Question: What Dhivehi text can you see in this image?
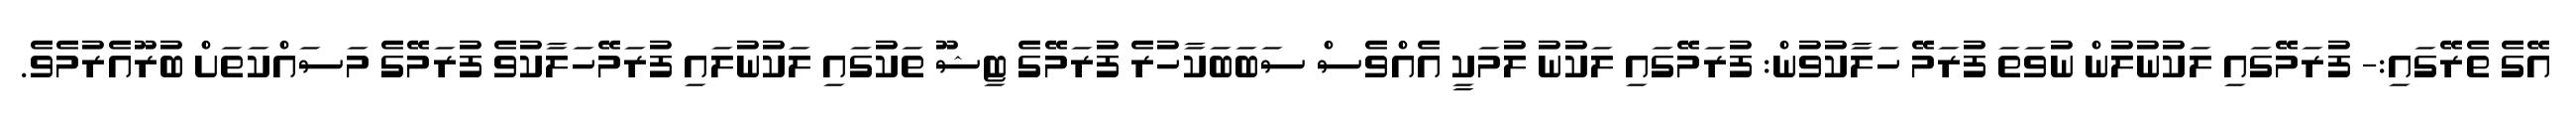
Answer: އޭގެ ތެރޭގައި:- ފުރަމޭގައި ލަކުނުލުން ނުވަތަ ފުރަމޭ ހަލާކުވުން: ފުރަމޭގައި ލަކުނު ލުމަކީ އެއްވެސް ސަބަބަކާހުރެ ފުރަމޭގެ ޓިޝޫ ތަކުގައި ލަކުނުލައި ފުރަމޭހަލާކުވެ ފުރަމޭގެ މަސައްކަތަށް ބުރޫއެރުމެވެ.